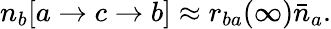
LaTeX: n_{b}[a\rightarrow c\rightarrow b]\approx r_{ba}(\infty){\bar{n}}_{a}.